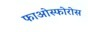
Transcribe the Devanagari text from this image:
फाओस्फोरोस